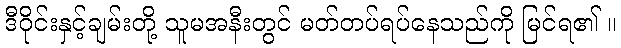
ဒီဝိုင်းနှင့်ချမ်းတို့ သူမအနီးတွင် မတ်တပ်ရပ်နေသည်ကို မြင်ရ၏ ။